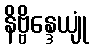
နိဗ္ဗိန္ဒေယျုံ